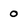
Character: 0